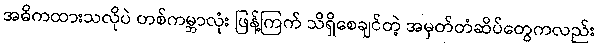
အဓိကထားသလိုပဲ တစ်ကမ္ဘာလုံး ဖြန့်ကြက် သိရှိစေချင်တဲ့ အမှတ်တံဆိပ်တွေကလည်း